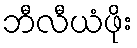
ဘီလီယံဖိုး